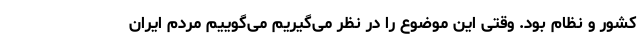
کشور و نظام بود. وقتی این موضوع را در نظر می‌گیریم می‌گوییم مردم ایران